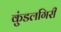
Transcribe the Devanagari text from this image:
कुंडलगिरी